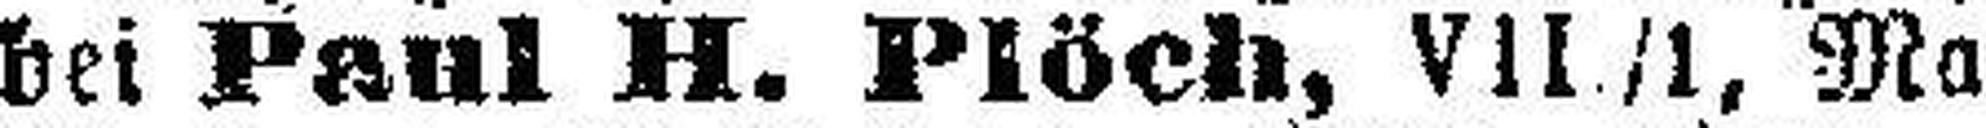
5% bei Paul H. Plöch, VII /1, Ma¬